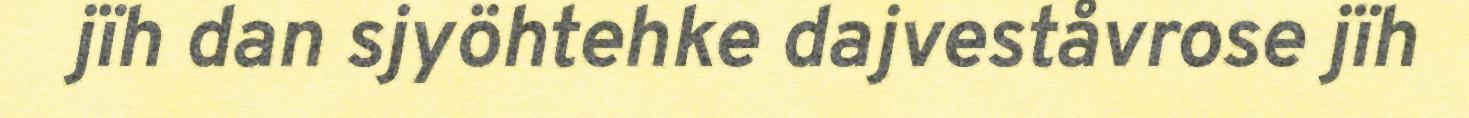
jïh dan sjyöhtehke dajveståvrose jïh